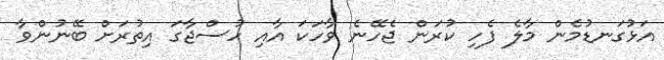
އަޅުގަނޑުމެން މާލެ ފެހި ކުރަން ޖެހޭނެ ވާހަކަ އާއި ހުސްޖާގަ އިތުރަށް ބޭނުންވާ